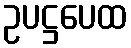
ဥပဋ္ဌပေထ